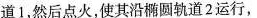
道1，然后点火，使其沿椭圆轨道2运行，